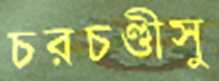
চরচণ্ডীসু